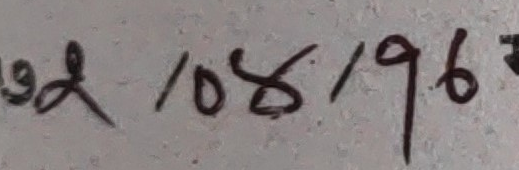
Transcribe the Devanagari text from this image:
१९२ / १०४ / १९६